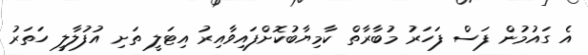
އެ ގައުމުން ފަސް ފަހަރު މުބާރާތް ކާމިޔާބުކޮށްފައިވާއިރު އިޓަލީ ތަށި އުފުލާލީ ހަތަރު